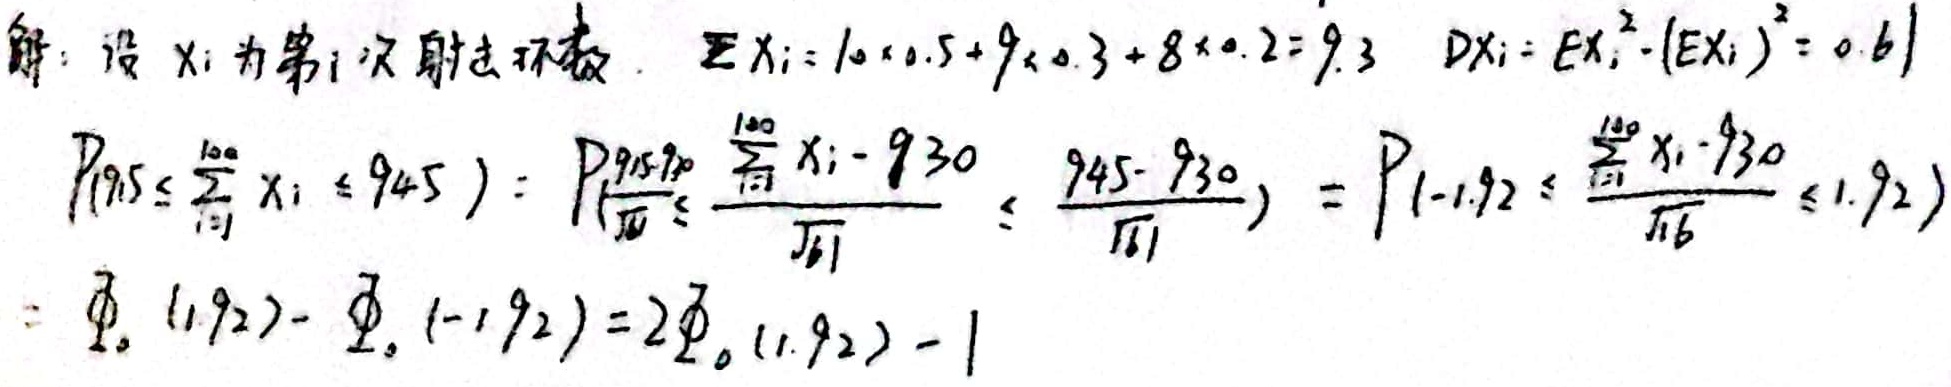
解：设\(X_i\)为第\(i\)次射击环数. \(EX_i = 10\times0.5 + 9\times0.3+8\times0.2 = 9.3\)，\(DX_i=EX_i^{2}-(EX_i)^{2}=0.61\)。

\(P(915\leqslant\sum_{i = 1}^{100}X_i\leqslant945)=P(\frac{915 - 930}{\sqrt{61}}\leqslant\frac{\sum_{i = 1}^{100}X_i-930}{\sqrt{61}}\leqslant\frac{945 - 930}{\sqrt{61}})=P(- 1.92\leqslant\frac{\sum_{i = 1}^{100}X_i-930}{\sqrt{61}}\leqslant1.92)\)
\(=\varPhi_0(1.92)-\varPhi_0(-1.92)=2\varPhi_0(1.92)-1\)